Kambja_algkool, lk 45
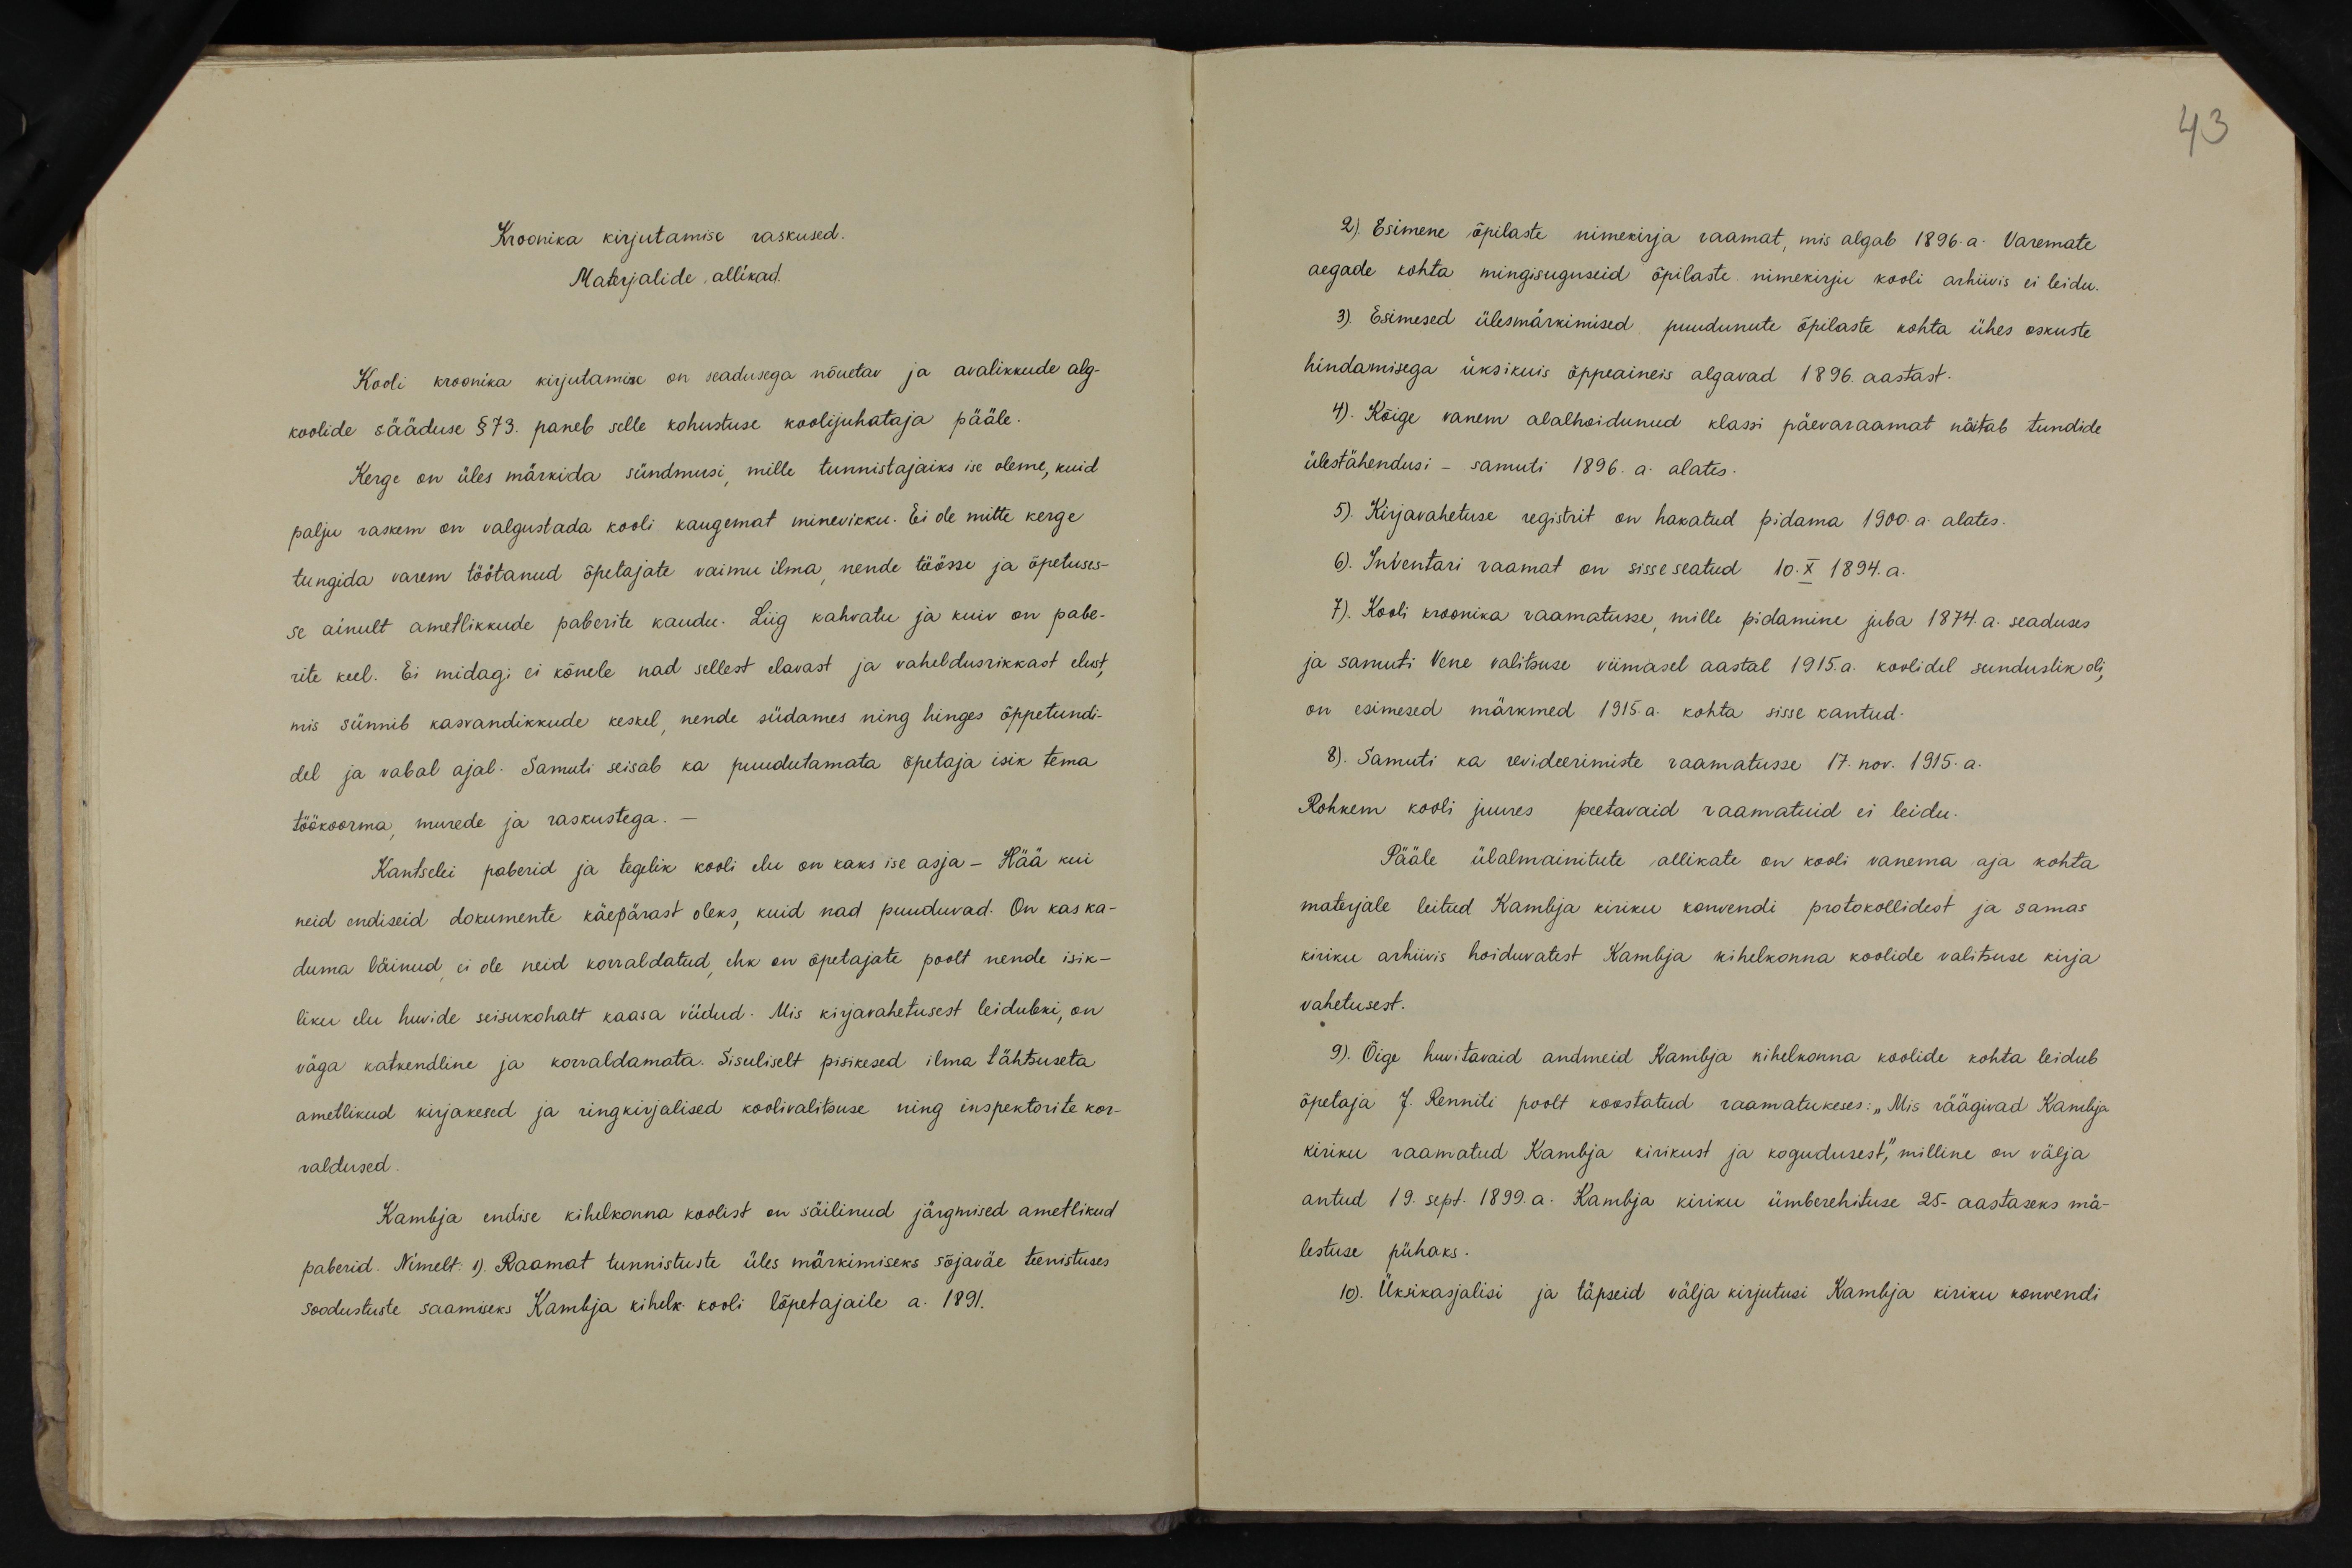
43

Kroonika kirjutamise raskused.
Materjalide allikad.
Kooli kroonika kirjutamine on seadusega nõuetav ja avalikkude alg-
koolide sääduse §73. paneb selle kohustuse koolijuhataja pääle.
Kerge on üles märkida sündmusi, mille tunnistajaiks ise oleme, kuid
palju raskem on valgustada kooli kaugemat minevikku. Ei ole mitte kerge
tungida varem töötanud õpetajate vaimu ilma nende töösse ja õpetuses-
se ainult ametlikkude paberite kaudu. Liig kahvatu ja kuiv on pabe-
rite keel. Ei midagi ei kõnele nad sellest elavast ja vaheldusrikkast elust
mis sünnib kasvandikkude keskel, nende südames ning hinges õppetundi-
del ja vabal ajal. Samuti seisab ka puudutamata õpetaja isik tema
töökoorma, murede ja raskustega.
Kantselei paberid ja tegelik kooli elu on kaks ise asja - Hää kui
neid endiseid dokumente käepärast oleks, kuid nad puuduvad. On kas ka-
duma läinud, ei ole neid korraldatud, ehk on õpetajate poolt nende isik-
liku elu huvide seisukohalt kaasa viidud. Mis kirjavahetusest leidubki, on
väga katkendline ja korraldamata. Sisuliselt pisikesed ilma tähtsuseta
ametlikud kirjakesed ja ringkirjalised koolivalitsuse ning inspektorite kor-
raldused.
Kambja endise kihelkonna koolist on säilinud järgmised ametlikud
paberid. Nimelt: 1) Raamat tunnistuste üles märkimiseks sõjaväe teenistuses
soodustuste saamiseks Kambja kihelk kooli lõpetajaile a. 1891.

2) Esimene õpilaste nimekirja raamat, mis algab 1896.a. Varemate
aegade kohta mingisuguseid õpilaste nimekirju kooli arhiivis ei leidu.
3) Esimesed ülesmärkimised puudunute õpilaste kohta ühes oskuste
hindamisega üksikuis õppeaineis algavad 1896. aastast.
4). Kõige vanem alalhoidunud klassi päevaraamat näitab tundide
ülestähendusi - samuti 1896. a. alates.
5). Kirjavahetuse registrit on hakatud pidama 1900.a. alates.
6). Inventari raamat on sisse seatud 10.X 1894.a.
7). Kooli kroonika raamatusse mille pidamine juba 1874. a. seaduses
ja samuti Vene valitsuse viimasel aastal 1915. a. koolidel sunduslik oli,
on esimesed märkmed 1915.a. kohta sisse kantud-
8). Samuti ka revideerimiste raamatusse 17. nov. 1915. a.
Rohkem kooli juures peetavaid raamatuid ei leidu.
Pääle ülalmainitute allikate on kooli vanema aja kohta
materjale leitud Kambja kiriku konvendi protokollidest ja samas
kiriku arhiivis hoiduvatest Kambja kihelkonna koolide valitsuse kirja
vahetusest.
9). Õige huvitavaid andmeid Kambja kihelkonna koolide kohta leidub
õpetaja J. Renniti poolt koostatud raamatukeses: "Mis räägivad Kambja
kiriku raamatud Kambja kirikust ja kogudusest", milline on välja
antud 19. sept. 1899.a. Kambja kiriku ümberehituse 25-aastaseks mä-
lestuse pühaks.
10). Üksikasjalisi ja täpseid välja kirjutusi Kambja kirku konvendi